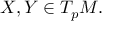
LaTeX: X , Y \in T _ { p } M .